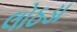
લોઠડા